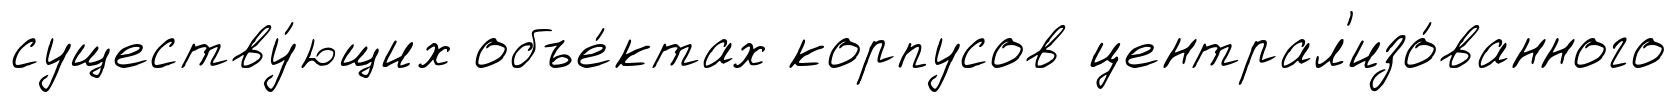
существу́ющих объе́ктах корпусов централ'изо́ванного